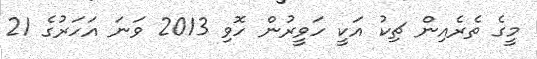
މީގެ ތެރެއިން ޗިކު އަކީ ހަވީރުން ހޮވި 2013 ވަނަ އަހަރުގެ 21